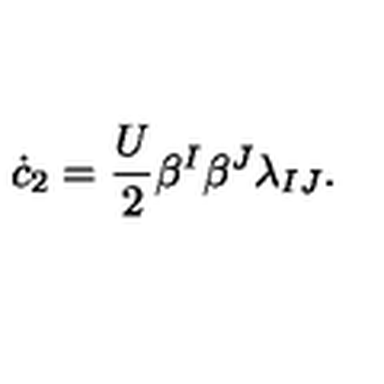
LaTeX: \dot { c } _ { 2 } = \frac { U } 2 \beta ^ { I } \beta ^ { J } \lambda _ { I J } .